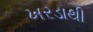
ખરડાથી